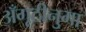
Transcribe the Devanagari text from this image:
अँगूठीनुमा